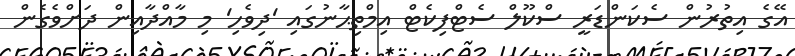
އޭގެ އިތުރުން ސެކަންޑަރީ ސްކޫލް ސެޓްފިކެޓް އިމްތިޙާނުގައި 'ދިވެހި' މި މާއްދާއިން ދަށްވެގެން